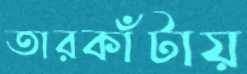
তারকাঁটায়